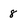
Character: 8